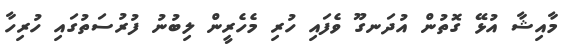
މާއިޝާ އުޅޭ ގޮތުން އުދަނގޫ ވެފައި ހުރި މެހެރީން ލިބުނު ފުރުސަތުގައި ހުރިހާ